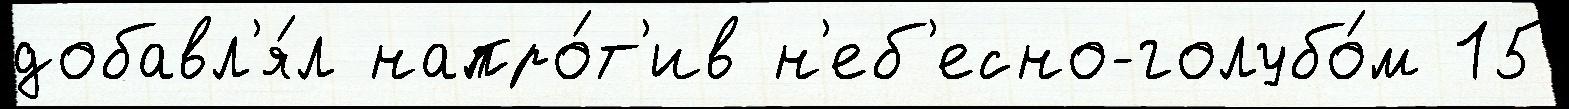
добавл'я́л напро́т'ив н'еб'есно-голубо́м 15